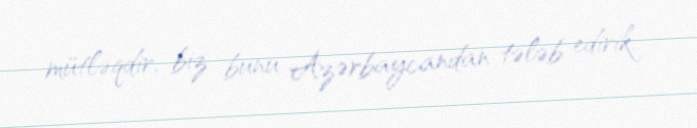
mütləqdir, biz bunu Azərbaycandan tələb edirik.